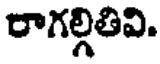
రాగల్గితివి.